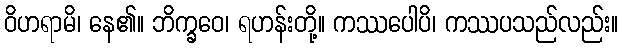
ဝိဟရာမိ၊ နေ၏။ ဘိက္ခဝေ၊ ရဟန်းတို့။ ကဿပေါပိ၊ ကဿပသည်လည်း။